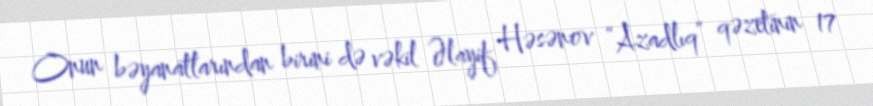
Onun bəyanatlarından birini də vəkil Əlayif Həsənov “Azadlıq” qəzetinin 17